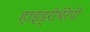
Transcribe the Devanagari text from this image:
हाइड्रोथेरेपी